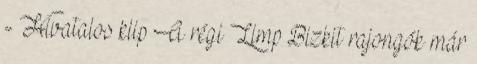
- Hivatalos klip A régi Limp Bizkit rajongók már